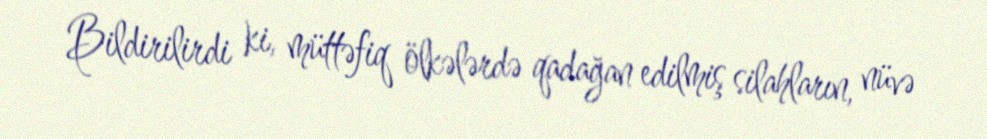
Bildirilirdi ki, müttəfiq ölkələrdə qadağan edilmiş silahların, nüvə